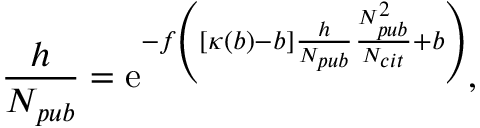
\frac { h } { N _ { p u b } } = \mathrm { e } ^ { - f \left( [ \kappa ( b ) - b ] \frac { h } { N _ { p u b } } \frac { N _ { p u b } ^ { 2 } } { N _ { c i t } } + b \right) } ,